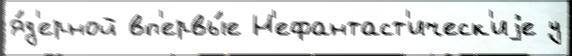
я́д'ерной вп'ервы́е Н'ефантаст'ическ'иjе у